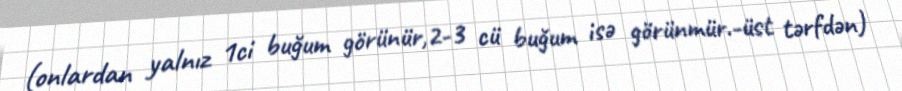
(onlardan yalnız 1ci buğum görünür,2-3 cü buğum isə görünmür.-üst tərfdən)